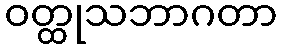
ဝတ္ထုသဘာဂတာ